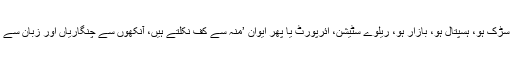
چاہے سڑک ہو، ہسپتال ہو، بازار ہو، ریلوے سٹیشن، ائرپورٹ یا پھر ایوان ’منہ سے کف نکلتے ہیں، آنکھوں سے چنگاریاں اور زبان سے گالیاں۔